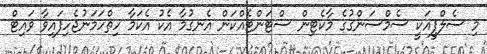
މި ސެލްފީއަކީ ސެމްސަންގުގެ މާކެޓިން ސްޓަންޓެއްކަން އެނގުމާ އެކު އެކަމާ ހިތްހަމަނުޖެހިފައިވާ ވައިޓް